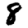
Digit: 8